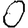
Digit: 0